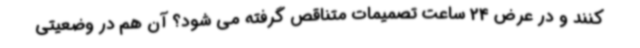
کنند و در عرض 24 ساعت تصمیمات متناقص گرفته می شود؟ آن هم در وضعیتی